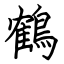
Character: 鶴